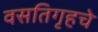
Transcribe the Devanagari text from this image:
वसतिगृहचे